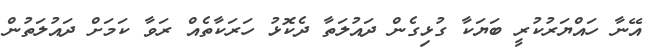
އޭނާ ހައްޔަރުކުރީ ބަޔަކާ ގުޅިގެން ދައުލަތާ ދެކޮޅު ހަރަކާތެއް ރަވާ ކަމަށް ދައުލަތުން